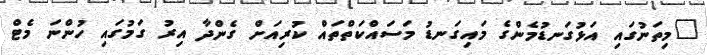
"މިތަނުގައި އަޅުގަނޑުމެންގެ މައިގަނޑު މަސައްކަތްތައް ކުރިއަށް ގެންދާ އިރު ގަމުގައި ހުންނަ މެޓް